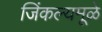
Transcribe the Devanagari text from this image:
जिंकल्यमूळे